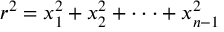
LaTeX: r ^ { 2 } = x _ { 1 } ^ { 2 } + x _ { 2 } ^ { 2 } + \cdot \cdot \cdot + x _ { n - 1 } ^ { 2 }